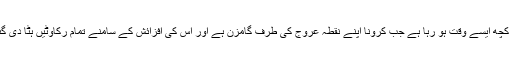
یہ سب کچھ ایسے وقت ہو رہا ہے جب کرونا اپنے نقطہ عروج کی طرف گامزن ہے اور اس کی افزائش کے سامنے تمام رکاوٹیں ہٹا دی گئی ہیں۔